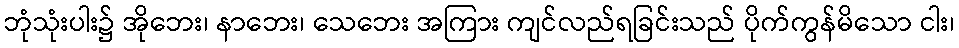
ဘုံသုံးပါး၌ အိုဘေး၊ နာဘေး၊ သေဘေး အကြား ကျင်လည်ရခြင်းသည် ပိုက်ကွန်မိသော ငါး၊